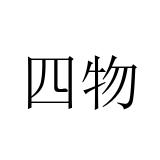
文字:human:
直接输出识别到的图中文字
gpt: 四物